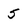
Character: 5